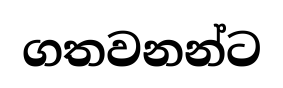
ගතවනන්ට